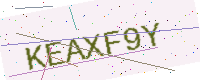
Text: KEAXF9Y